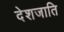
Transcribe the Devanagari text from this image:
देशजाति